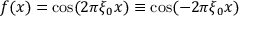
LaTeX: f ( x ) = \cos ( 2 \pi \xi _ { 0 } x ) \equiv \cos ( - 2 \pi \xi _ { 0 } x )